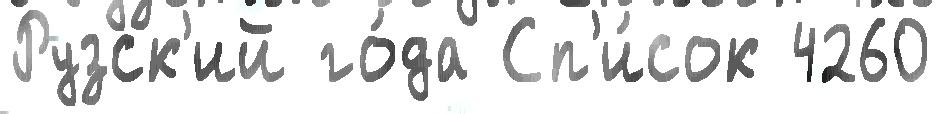
Рузск'ий го́да Сп'и́сок 4260